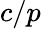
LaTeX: c/p